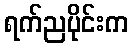
ရက်ညပိုင်းက